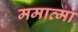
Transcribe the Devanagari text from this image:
ममात्मा